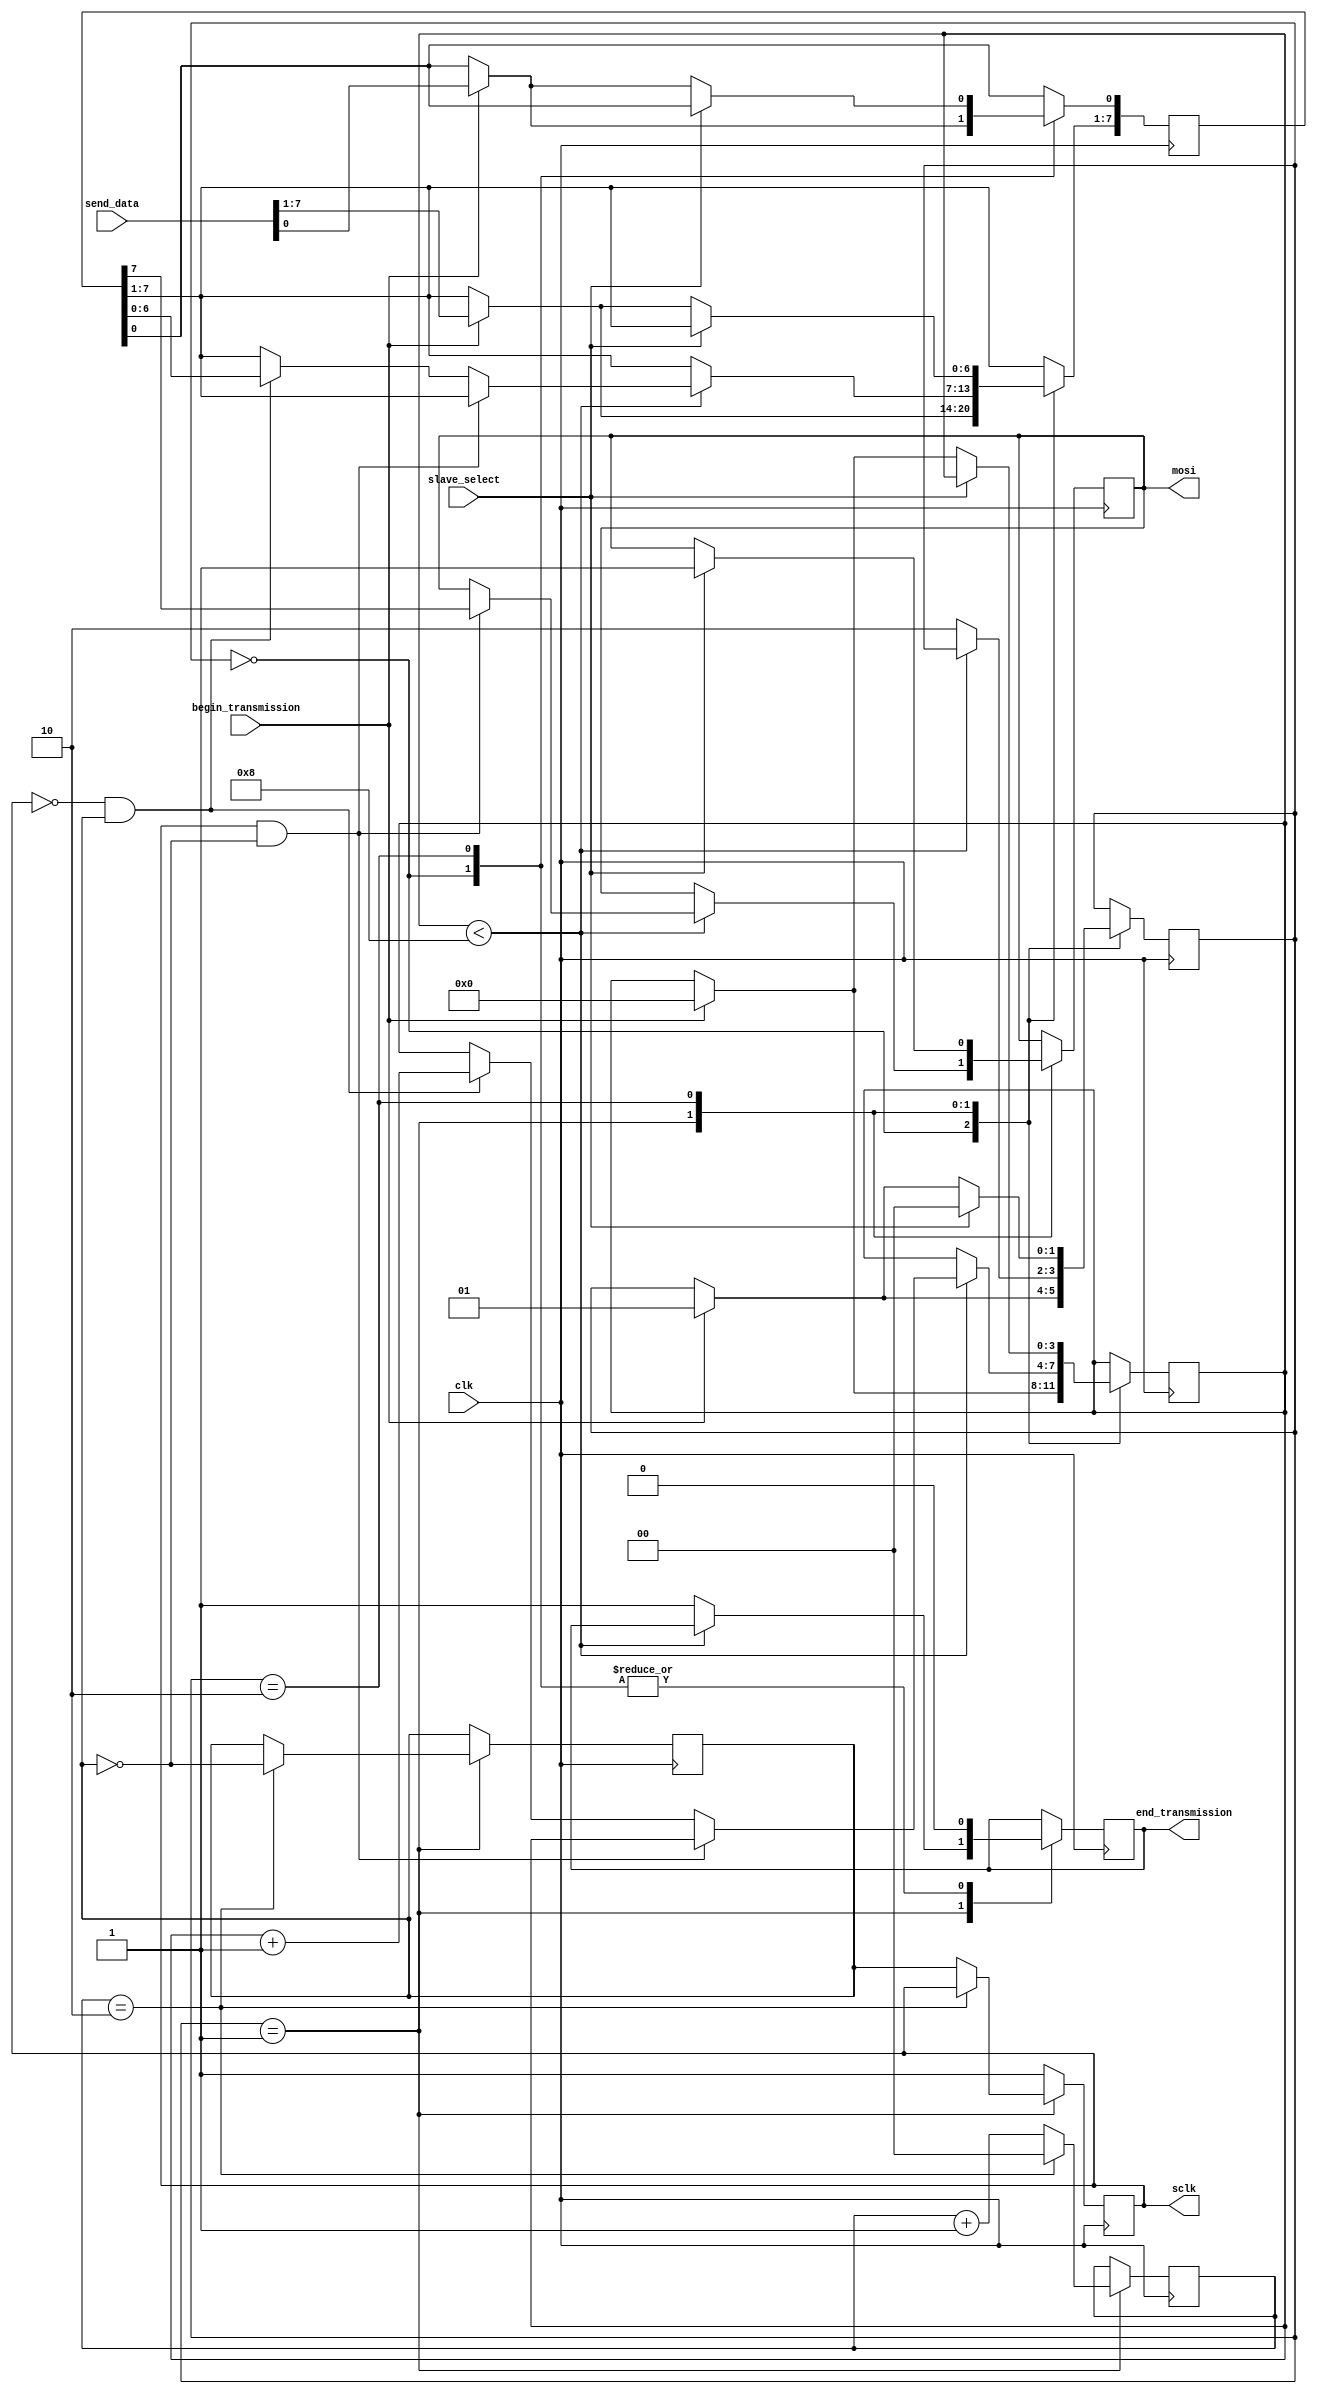
`timescale 1ns / 1ps

module spi_interface(
		send_data, 
		begin_transmission,
		slave_select,
//		miso,
		clk,
//		rst,  //res
//		recieved_data,
		end_transmission,
		mosi,
		sclk
);

// ==============================================================================
// 									   Port Declarations
// ==============================================================================
			input [7:0]      send_data;
			input            begin_transmission;
			input            slave_select;
//			input            miso;
			input            clk;
//			input            rst;
//			output [7:0]     recieved_data;
			output           end_transmission;
			output           mosi;
			output           sclk;
   
// ==============================================================================
// 						     Parameters, Registers, and Wires
// ==============================================================================

//			reg [7:0]        recieved_data;
			reg              end_transmission;
			reg              mosi;

			parameter [1:0] SPI_CLK_COUNT_MAX = 2'h2; //6.25Mhz
			reg [1:0]       spi_clk_count;
			
			reg              sclk_buffer;
			reg              sclk_previous;
			
			parameter [3:0]  RX_COUNT_MAX = 4'h8;
			reg [3:0]        rx_count;
			
			reg [7:0]        shift_register;
			
			parameter [1:0]  RxTxTYPE_idle = 0,
								  RxTxTYPE_rx_tx = 1,
								  RxTxTYPE_hold = 2;
			reg [1:0]        RxTxSTATE;
   
// ==============================================================================
// 										Implementation
// ==============================================================================

			//---------------------------------------------------
			// 							  FSM
			//---------------------------------------------------
			always @(posedge clk)
			begin: tx_rx_process
				
				begin
//					if (rst == 1'b1)
//					begin
//						mosi <= 1'b1;
//						RxTxSTATE <= RxTxTYPE_idle;
////						recieved_data <= {8{1'b0}};
//						shift_register <= {8{1'b0}};
//					end
//					else
						case (RxTxSTATE)

						   // idle
							RxTxTYPE_idle :
								begin
									end_transmission <= 1'b0;
									if (begin_transmission == 1'b1)
									begin
										RxTxSTATE <= RxTxTYPE_rx_tx;
										rx_count <= {4{1'b0}};
										shift_register <= send_data;
									end
								end

						   // rx_tx
							RxTxTYPE_rx_tx :
								//send bit
								if (rx_count < RX_COUNT_MAX) // 8
								begin
									if (sclk_previous == 1'b1 & sclk_buffer == 1'b0)
										mosi <= shift_register[7];
									//recieve bit
									else if (sclk_previous == 1'b0 & sclk_buffer == 1'b1)
									begin
										shift_register[7:1] <= shift_register[6:0];
//										shift_register[0] <= miso;
										rx_count <= rx_count + 1'b1;
									end
								end
								else
								begin
									RxTxSTATE <= RxTxTYPE_hold;
									end_transmission <= 1'b1;
//									recieved_data <= shift_register;
								end

						   // hold
							RxTxTYPE_hold :
								begin
									end_transmission <= 1'b0;
									if (slave_select == 1'b1)
									begin
										mosi <= 1'b1;
										RxTxSTATE <= RxTxTYPE_idle;
									end
									else if (begin_transmission == 1'b1)
									begin
										RxTxSTATE <= RxTxTYPE_rx_tx;
										rx_count <= {4{1'b0}};
										shift_register <= send_data;
									end
								end
						endcase
				end
			end
			
			
			//---------------------------------------------------
			// 						Serial Clock
			//---------------------------------------------------
			always @(posedge clk)
			begin: spi_clk_generation
				
				begin
/*					if (rst == 1'b1)
					begin
						sclk_previous <= 1'b1;
						sclk_buffer <= 1'b1;
						spi_clk_count <= {2{1'b0}};
					end
					
					else*/ if (RxTxSTATE == RxTxTYPE_rx_tx)
					begin
						if (spi_clk_count == SPI_CLK_COUNT_MAX)
						begin
							sclk_buffer <= (~sclk_buffer);
							spi_clk_count <= {2{1'b0}};
						end
						else
						begin
							sclk_previous <= sclk_buffer;
							spi_clk_count <= spi_clk_count + 1'b1;
						end
					end
					else
						sclk_previous <= 1'b1;
				end
			end
			
			// Assign serial clock output
			assign sclk = sclk_previous;
   
endmodule